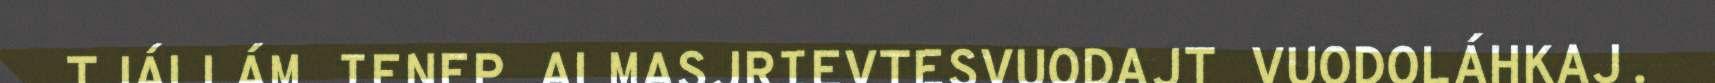
TJÁLLÁM IENEP ALMASJRIEVTESVUODAJT VUODOLÁHKAJ.